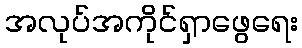
အလုပ်အကိုင်ရှာဖွေရေး